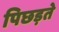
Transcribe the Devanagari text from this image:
पिछड़ते